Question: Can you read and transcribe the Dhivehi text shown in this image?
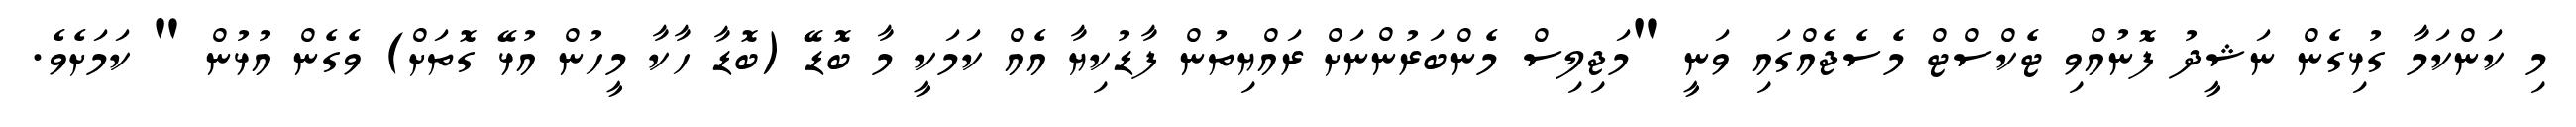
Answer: މި ކަންކަމާ ގުޅިގެން ނަޝީދު ފޮނުއްވި ޓެކްސްޓް މެސެޖެއްގައި ވަނީ "މަޖިލިސް މެންބަރުންނަށް ރައްޔިތުން ފާޑުކިޔާ އެއް ކަމަކީ މާ ބޮޑޭ (ބޮޑާ ހާކާ މީހުން އުޅޭ ގޮތަށް) ވެގެން އުޅުން " ކަމަށެވެ.